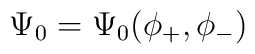
\Psi_0=\Psi_0 (\phi_+,\phi_-)